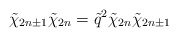
\begin{align*}\tilde\chi_{2n\pm1}\tilde\chi_{2n}=\tilde q^2 \tilde\chi_{2n} \tilde\chi_{2n\pm1}\end{align*}